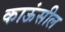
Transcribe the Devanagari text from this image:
काऊंसील